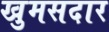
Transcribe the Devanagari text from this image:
खुमसदार